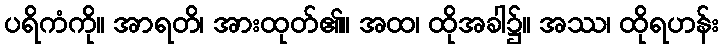
ပရိကံကို။ အာရတိ၊ အားထုတ်၏။ အထ၊ ထိုအခါ၌။ အဿ၊ ထိုရဟန်း